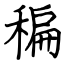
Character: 稨